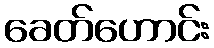
ခေတ်ဟောင်း